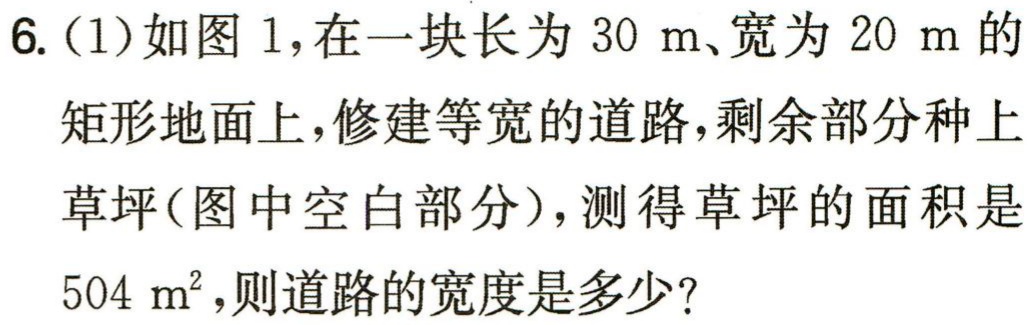
6. (1)如图1,在一块长为\(30\mathrm{m}\)、宽为\(20\mathrm{m}\)的矩形地面上,修建等宽的道路,剩余部分种上草坪(图中空白部分),测得草坪的面积是\(504\mathrm{m}^{2}\),则道路的宽度是多少?